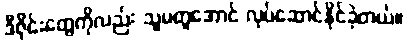
ဒီဇိုင်းတွေကိုလည်း သူမတူအောင် လုပ်ဆောင်နိုင်ခဲ့တယ်။